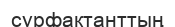
сурфактанттың